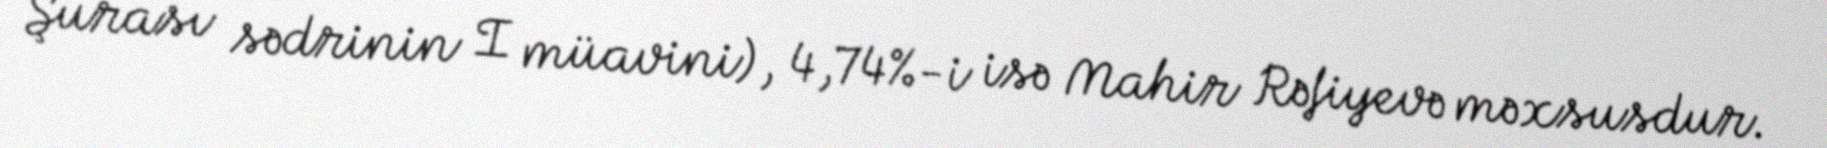
Şurası sədrinin I müavini), 4,74%-i isə Mahir Rəfiyevə məxsusdur.